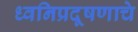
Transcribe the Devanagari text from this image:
ध्वनिप्रदूषणाचे